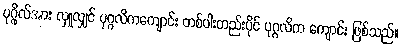
ပုဂ္ဂိုလ်အား လှူလျှင် ပုဂ္ဂလိကကျောင်း တစ်ပါးတည်းပိုင် ပုဂ္ဂလိက ကျောင်း ဖြစ်သည်။